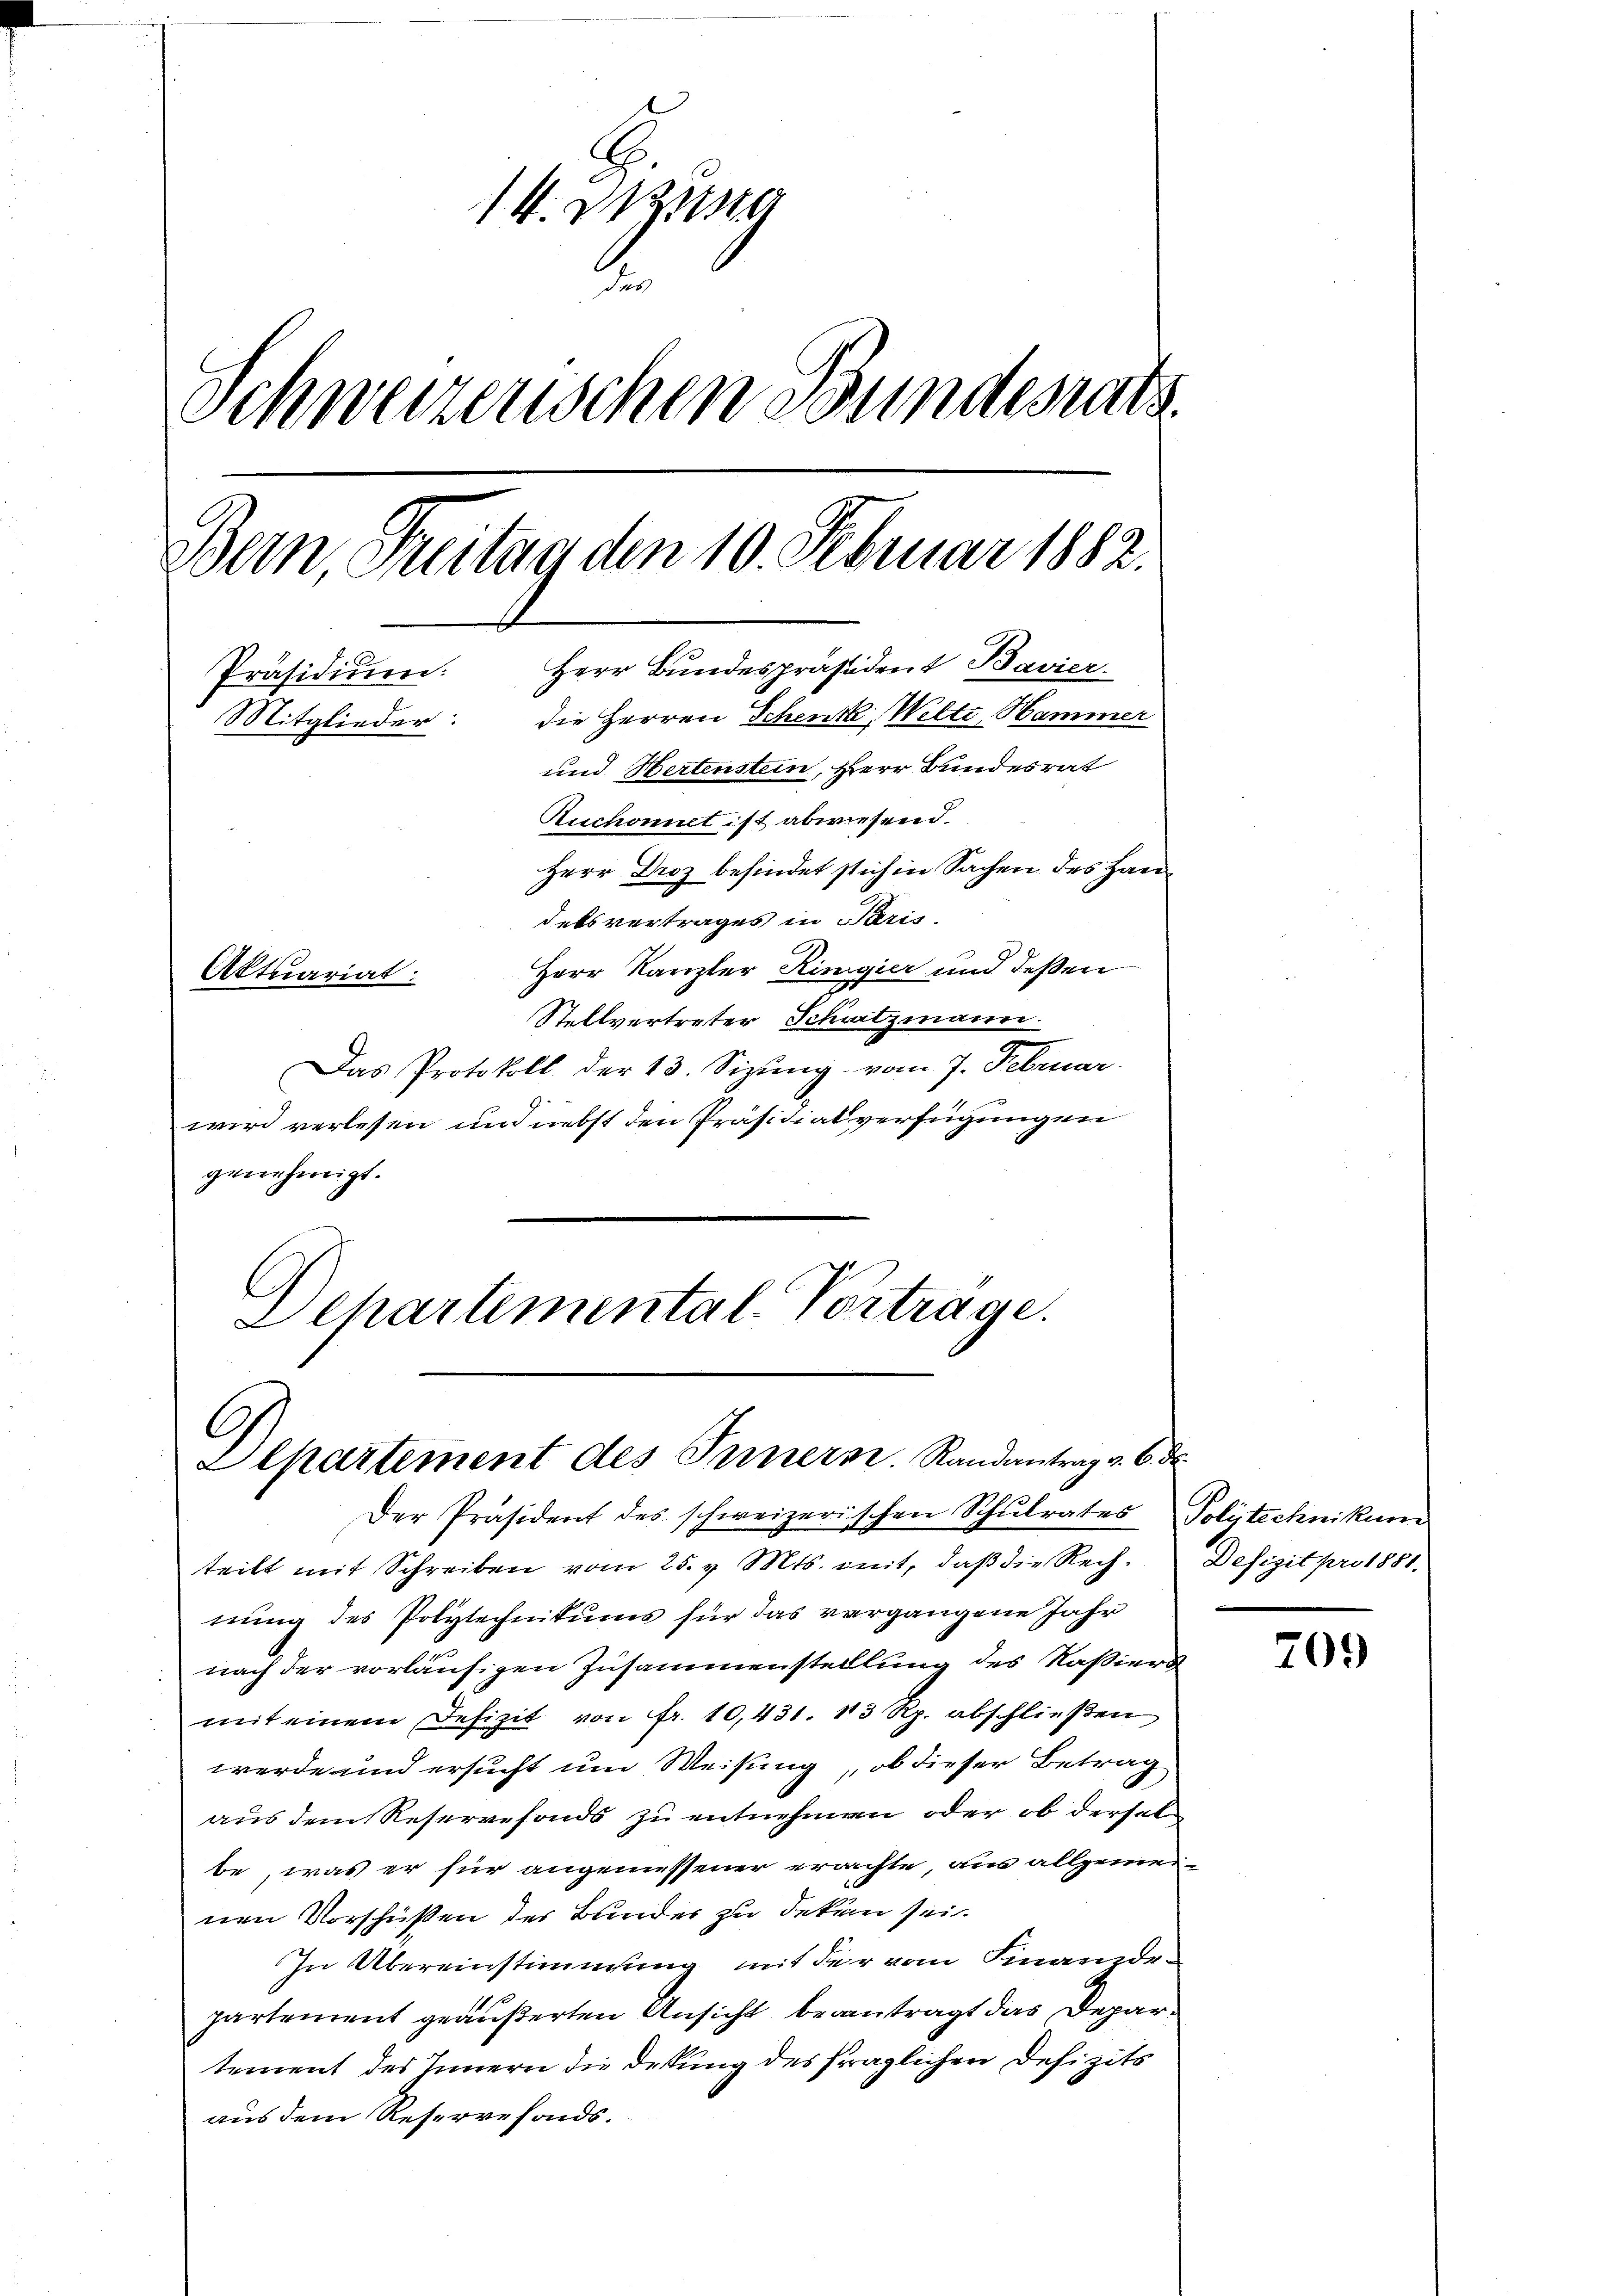
14. Dezung
.
Schweizerischen Bundesrats
Bern Freitag den 10. Februar 1882.
Herr Bundespräsident Bavier
Präsidium:
die Herren Schenk Welti, Hammer
Mitglieder:
und Hertenstein, Herr Bundesrat
Ruchonnet ist abwiesend.
Herr Droz befindet stich in Sachen des Handetsvertrages in Paris.
Herr Kanzler Ringier und deßen
Aktuariat:

Stellvertreter Schwatzmann.
Das Protokoll der 13. Sizung vom 7. Februar.
wird verlesen und nebst den Präsidialverfügungen
genehmigt.
Schartemental-Vortrage.

C
Lepartement des Innern. Randantrag v. 6. d
Der Präsident des schweizerischen Schŭlrates Polytechnikum

teilt mit Schreiben vom 25. v. Mts. mit, daβ die Rech- Defizit pro 1881.
nung des Polytechnikums für das vergangene Jahr
nach der vorläufigen Zusammenstellung des Kaßiers
mit einem Defizit von Fr. 10,431. 113 Rp. abschließen
werde und ersucht um Weisung, ob dieser Betrag
aus dem Reservefonds zu entnehmen oder ob derselbe, was er für angemessener erachte, aus allgemeinen Vorschüßen des Bunder zu dekern sei.
In Übereinstimmung mit der vom Finanzdopartement geäußerten Ansicht beantragt das Departement des Innern die Deckung des fraglichen Defizits
aus dem Reservefonds.

709